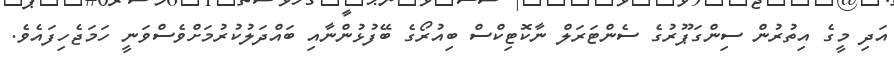
އަދި މީގެ އިތުރުން ސިންގަޕޫރުގެ ސެންޓަރަލް ނާކޮޓިކްސް ބިއުރޯގެ ބޭފުޅުންނާއި ބައްދަލުކުރުމަށްވެސްވަނީ ހަމަޖެހިފައެވެ.